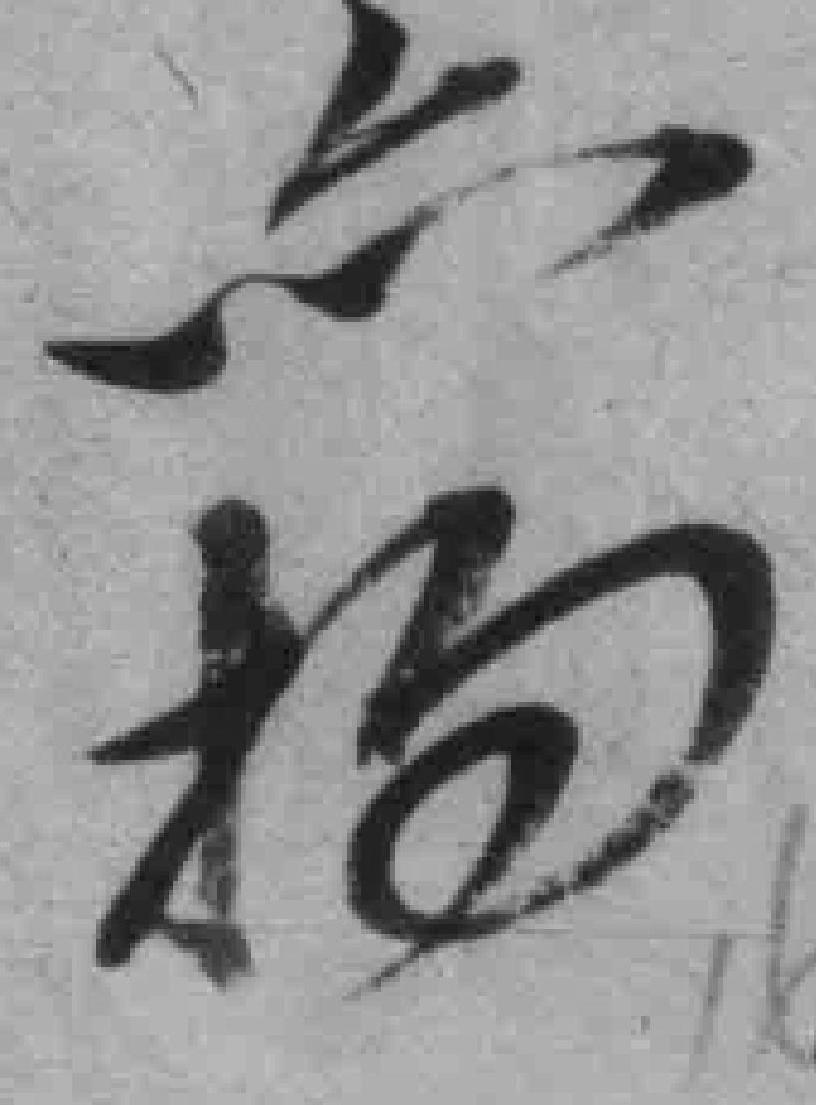
*拘